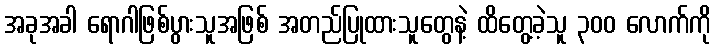
အခုအခါ ရောဂါဖြစ်ပွားသူအဖြစ် အတည်ပြုထားသူတွေနဲ့ ထိတွေ့ခဲ့သူ ၃၀၀ လောက်ကို